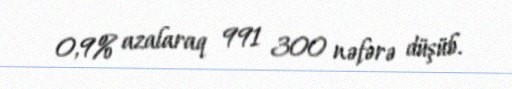
0,9% azalaraq 991 300 nəfərə düşüb.